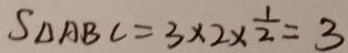
S _ { \Delta A B C } = 3 \times 2 \times \frac { 1 } { 2 } = 3